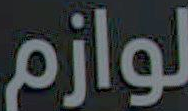
لوازم